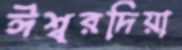
ঈশ্বরদিয়া